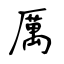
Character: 厲